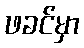
ဖခင်မှာ